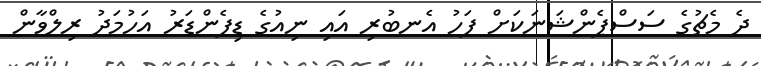
ދެ މެޗުގެ ސަސްޕެންޝަނަކަށް ފަހު އެނބުރި އައި ނިއުގެ ޑިފެންޑަރު އަހުމަދު ރިލްވާން